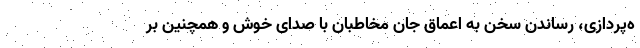
ه‌پردازی، رساندن سخن به اعماق جان مخاطبان با صدای خوش و همچنین بر